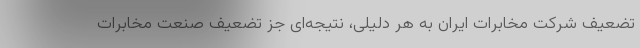
تضعیف شرکت مخابرات ایران به هر دلیلی، نتیجه‌ای جز تضعیف صنعت مخابرات